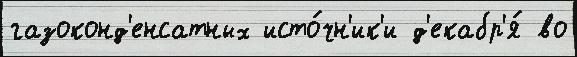
газоконд'енсатных исто́чн'ик'и д'екабр'я́ во